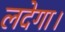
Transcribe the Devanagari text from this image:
लदेगा।